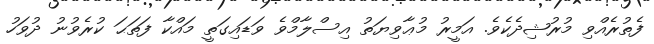
ފެތުރެއްވި މުރުޝިދެކެވެ. އަމީރު މުޢާވިޔަތު އިސްލާމްވެ ވަޑައިގަތީ މައްކާ ފަތަޙަ ކުރެވުނު ދުވަހު